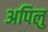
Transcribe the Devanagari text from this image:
अपिलु